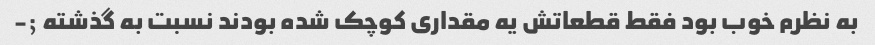
به نظرم خوب بود فقط قطعاتش یه مقداری کوچک شده بودند نسبت به گذشته ;-